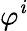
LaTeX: \varphi^{\mathit{i}}